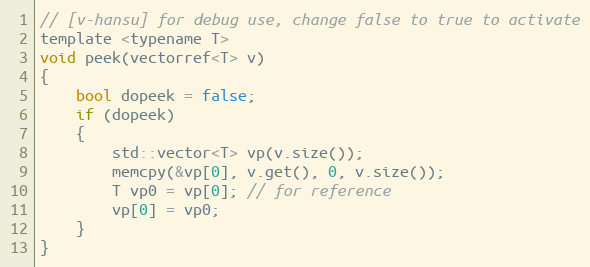
Language: C
// [v-hansu] for debug use, change false to true to activate
template <typename T>
void peek(vectorref<T> v)
{
    bool dopeek = false;
    if (dopeek)
    {
        std::vector<T> vp(v.size());
        memcpy(&vp[0], v.get(), 0, v.size());
        T vp0 = vp[0]; // for reference
        vp[0] = vp0;
    }
}